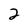
Character: 2